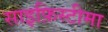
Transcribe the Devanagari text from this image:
साइफ़िस्टीमा